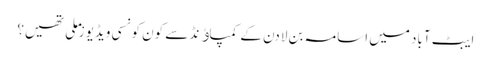
ایبٹ آباد میں اسامہ بن لادن کے کمپاﺅنڈ سے کون کونسی ویڈیوز ملی تھیں؟